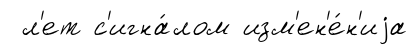
л'ет с'игна́лом изм'ен'е́н'иjа